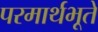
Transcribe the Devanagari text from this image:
परमार्थभूते